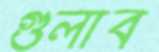
গুলাব